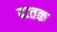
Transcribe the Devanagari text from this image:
दत्‍तक